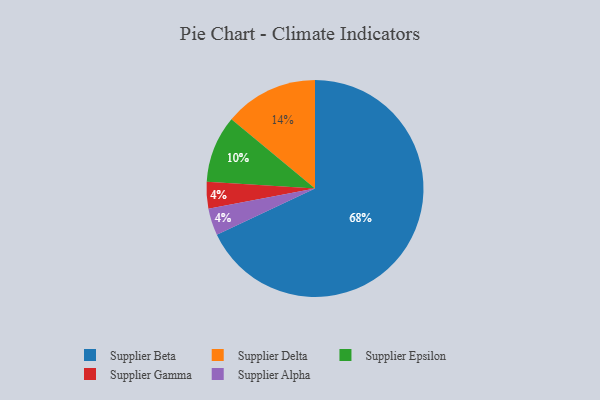
{"axis": {"x": "Category", "y": "Percentage"}, "legend": ["Supplier Alpha", "Supplier Beta", "Supplier Delta", "Supplier Epsilon", "Supplier Gamma"], "data": [{"x": "Supplier Epsilon", "y": 10, "type": "Supplier Epsilon"}, {"x": "Supplier Gamma", "y": 4, "type": "Supplier Gamma"}, {"x": "Supplier Alpha", "y": 4, "type": "Supplier Alpha"}, {"x": "Supplier Beta", "y": 68, "type": "Supplier Beta"}, {"x": "Supplier Delta", "y": 14, "type": "Supplier Delta"}]}